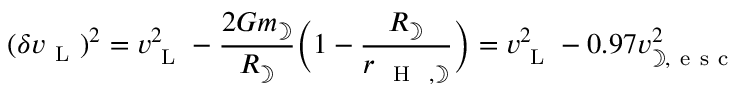
( \delta v _ { \mathrm { ~ L ~ } } ) ^ { 2 } = v _ { \mathrm { ~ L ~ } } ^ { 2 } - \frac { 2 G m _ { \rightmoon } } { R _ { \rightmoon } } \Big ( 1 - \frac { R _ { \rightmoon } } { r _ { \mathrm { ~ \mathrm { ~ H ~ } ~ } , { \rightmoon } } } \Big ) = v _ { \mathrm { ~ L ~ } } ^ { 2 } - 0 . 9 7 v _ { { \rightmoon } , \mathrm { ~ e ~ s ~ c ~ } } ^ { 2 }